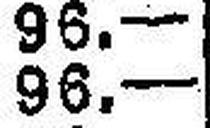
96.—